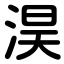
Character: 淏